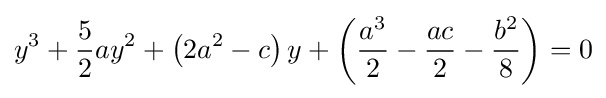
y^{3}+{\frac {5}{2}}ay^{2}+\left(2a^{2}-c\right)y+\left({a^{3} \over 2}-{ac \over 2}-{b^{2} \over 8}\right)=0